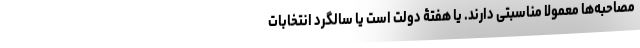
مصاحبه‌ها معمولا مناسبتی دارند. یا هفتۀ دولت است یا سالگرد انتخابات